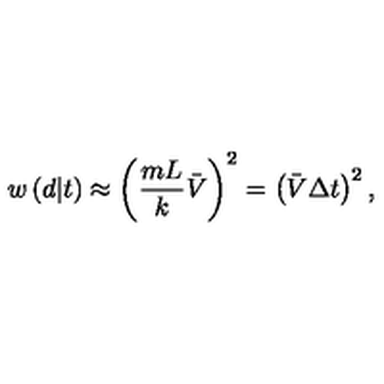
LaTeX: w \left( d | t \right) \approx \left( \frac { m L } k \bar { V } \right) ^ { 2 } = \left( \bar { V } \Delta t \right) ^ { 2 } ,